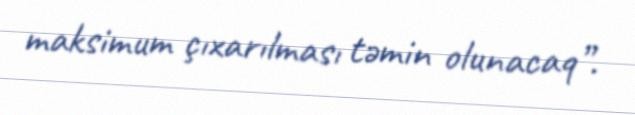
maksimum çıxarılması təmin olunacaq”.